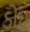
ડોઇ